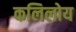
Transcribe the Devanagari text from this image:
कलिलोय